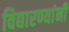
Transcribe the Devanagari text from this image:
विद्यारण्यांनी